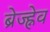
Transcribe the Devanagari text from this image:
ब्रेज्ह्नेव